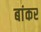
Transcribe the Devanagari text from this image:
बांकर